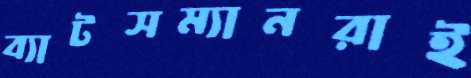
ব্যাটসম্যানরাই